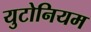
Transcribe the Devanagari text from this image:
युटोनियम